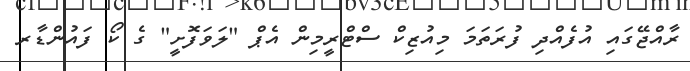
ރާއްޖޭގަައި އުފެއްދި ފުރަތަމަ މިއުޒިކް ސްޓްރީމިން އެޕް "ލަވަފޮށީ" ގެ ކޯ ފައުންޑާރ